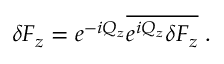
\delta F _ { z } = e ^ { - i Q _ { z } } \overline { { e ^ { i Q _ { z } } \delta F _ { z } } } \; .